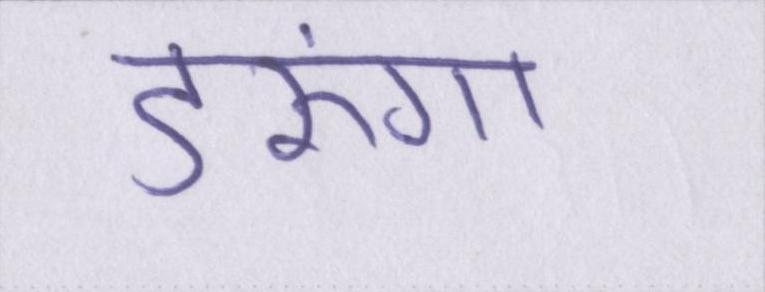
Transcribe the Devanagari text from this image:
डरूंगा